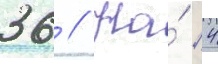
36 // На́ 4